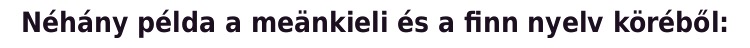
Néhány példa a meänkieli és a finn nyelv köréből: